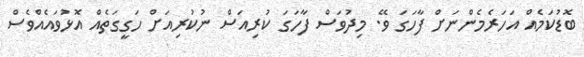
ބޮޑުކަމެއް އަހަރެމެންނަށް ފާހަގަ ވޭ. މިދުވަސް ފާހަގަ ކުރިއަސް ނުކުރިއަށް ހަގީގަތެއް އޮޅުވައެއްވެސް